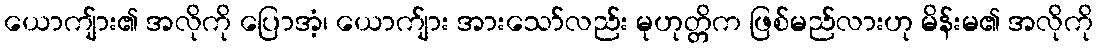
ယောကျ်ား၏ အလိုကို ပြောအံ့၊ ယောက်ျား အားသော်လည်း မုဟုတ္တိက ဖြစ်မည်လားဟု မိန်းမ၏ အလိုကို